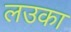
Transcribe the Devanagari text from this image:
लउका